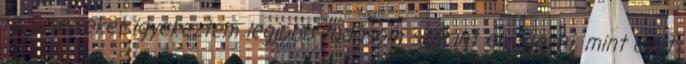
is, amelyeket igyekeztem legjobb tudásom szerint elvégezni, mint amit